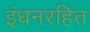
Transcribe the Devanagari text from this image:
इंधनरहित